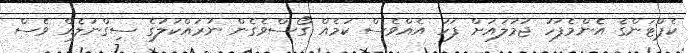
ކެޕްޓަންގެ އެންމެފަހު ޖުމުލައަށް ފަހު އެއްވެސް ކަމެއް ގޯސްވެގެން ނުރައްކަލުގެ ސިގްނަލެއް ވެސް